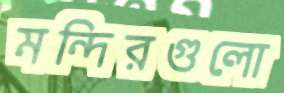
মন্দিরগুলো